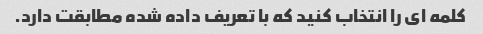
کلمه ای را انتخاب کنید که با تعریف داده شده مطابقت دارد.